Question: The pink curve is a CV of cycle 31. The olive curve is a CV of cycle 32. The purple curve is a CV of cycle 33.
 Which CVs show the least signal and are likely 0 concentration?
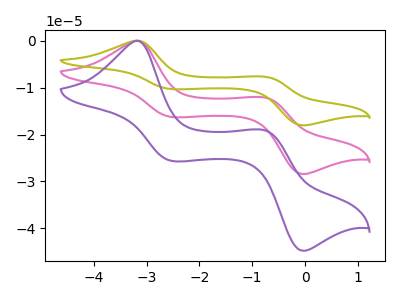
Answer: <think>The pink curve "cycle 31" has anodic peaks at (-3.20V, -0.05uA) (-0.75V, -12.15uA) and cathodic peaks at (-2.50V, -16.30uA) (-0.05V, -28.40uA). The olive curve "cycle 32" has anodic peaks at (-3.20V, -0.05uA) (-0.75V, -24.25uA) and cathodic peaks at (-2.50V, -32.55uA) (-0.05V, -56.85uA). The purple curve "cycle 33" has anodic peaks at (-3.20V, -0.05uA) (-0.75V, -19.10uA) and cathodic peaks at (-2.50V, -25.65uA) (-0.05V, -44.75uA).</think>
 <answer>There are not any CV's on this graph that are likely to be blanks.</answer>
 <eval>none</eval>